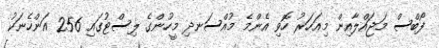
ފޯބްސް މަޖައްލާއިން މިއަހަރު ހޮވި އެންމެ މުއްސަނދި މީހުންގެ ލިސްޓުގައި 256 އަންހެނަކު